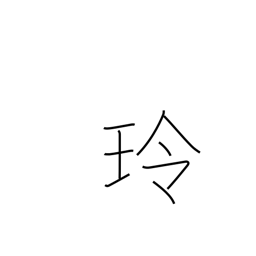
Meaning: sound of jewels